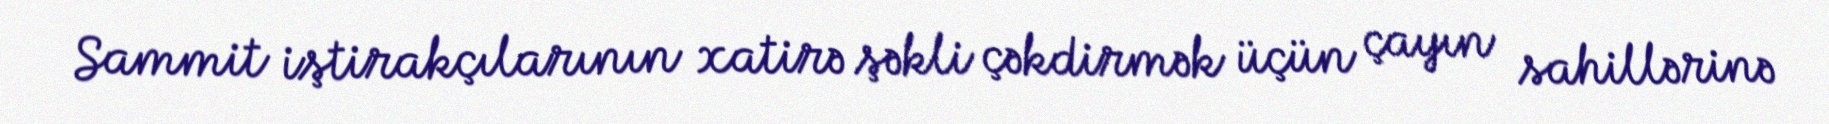
Sammit iştirakçılarının xatirə şəkli çəkdirmək üçün çayın sahillərinə